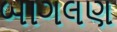
બાગલણ